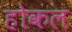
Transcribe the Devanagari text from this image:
होकल